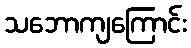
သဘောကျကြောင်း